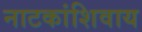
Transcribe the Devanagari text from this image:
नाटकांशिवाय